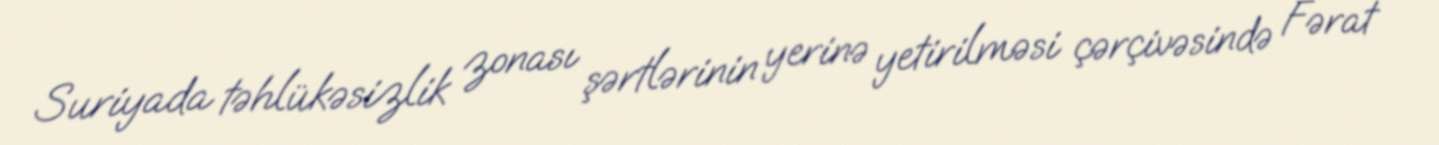
Suriyada təhlükəsizlik zonası şərtlərinin yerinə yetirilməsi çərçivəsində Fərat